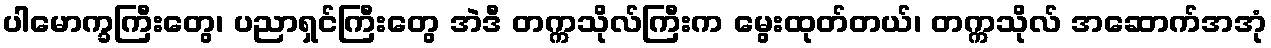
ပါမောက္ခကြီးတွေ၊ ပညာရှင်ကြီးတွေ အဲဒီ တက္ကသိုလ်ကြီးက မွေးထုတ်တယ်၊ တက္ကသိုလ် အဆောက်အအုံ